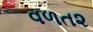
વળત૨